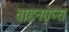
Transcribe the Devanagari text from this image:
वाइनग्रेप्स